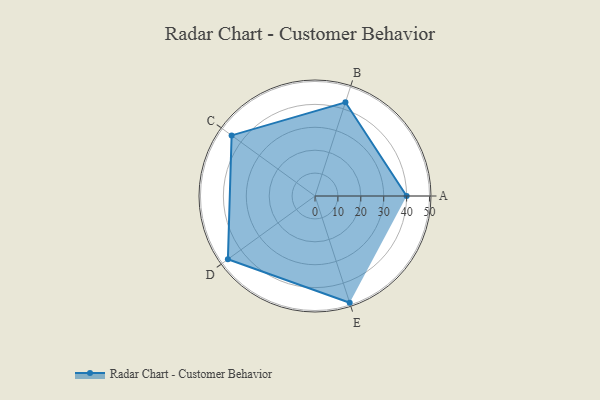
{"axis": {"x": "Skill", "y": "Score"}, "legend": ["Profile"], "data": [{"x": "A", "y": 40.0, "type": "Profile"}, {"x": "B", "y": 43.0, "type": "Profile"}, {"x": "C", "y": 45.0, "type": "Profile"}, {"x": "D", "y": 47.0, "type": "Profile"}, {"x": "E", "y": 49.0, "type": "Profile"}]}